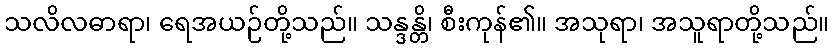
သလိလဓာရာ၊ ရေအယဉ်တို့သည်။ သန္ဒန္တိ၊ စီးကုန်၏။ အသုရာ၊ အသူရာတို့သည်။